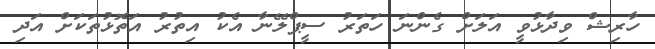
ހާރިޝް ވިދާޅުވީ އަލަށް ގެންނަ ހަތަރު ސީޕްލޭނާ އެކު އިތުރު އަތޮޅުތަކަށް އަދި